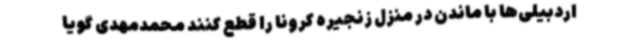
اردبیلی‌ها با ماندن در منزل زنجیره کرونا را قطع کنند محمدمهدی گویا